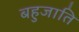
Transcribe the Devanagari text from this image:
बहुजाति